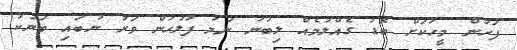
ފަހުން މީހަކަށް ބޮޑު ގެއްލުމެއް ލިބުނު ނަމަ ފުލުހުން ވަރު ނުބައި ބަޔަކު